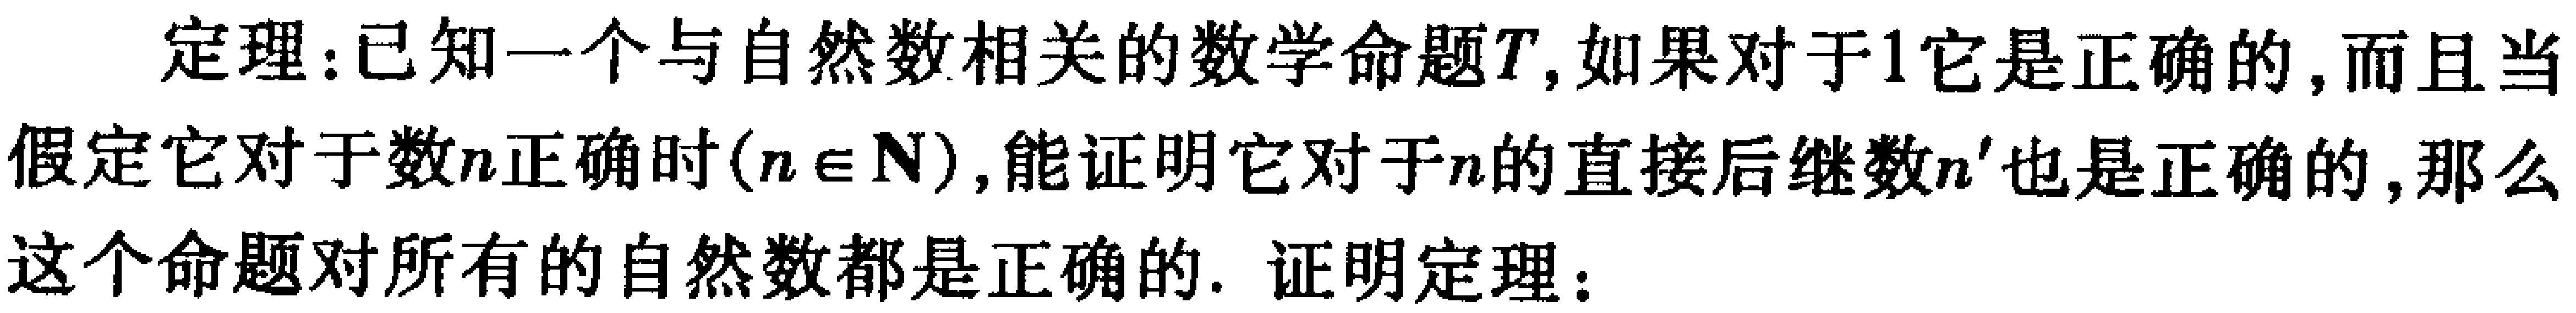
定理：已知一个与自然数相关的数学命题\(T\)，如果对于\(1\)它是正确的，而且当假定它对于数\(n\)正确时\((n \in \mathbb{N})\)，能证明它对于\(n\)的直接后继数\(n'\)也是正确的，那么这个命题对所有的自然数都是正确的. 证明定理：